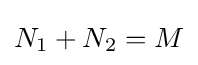
N_{1}+N_{2}=M